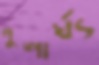
পুষ্পার্ঘ্য